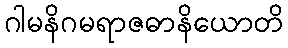
ဂါမနိဂမရာဇဓာနိယောတိ